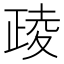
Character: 𪤶